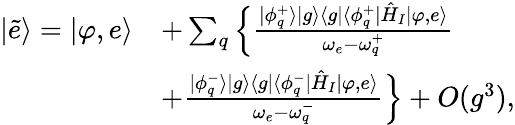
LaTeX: \begin{array}{rl}{|\tilde{e}\rangle=|\varphi,e\rangle}&{+\sum_{q}\Big\{ \frac{|\phi_{q}^{+}\rangle|g\rangle\langle g|\langle\phi_{q}^{+}|\hat{H}_{I}|\varphi,e\rangle}{\omega_{e}-\omega_{q}^{+}}}\\ &{+\frac{|\phi_{q}^{-}\rangle|g\rangle\langle g|\langle\phi_{q}^{-}|\hat{H}_{I}|\varphi,e\rangle}{\omega_{e}-\omega_{q}^{-}}\Big\} +O(g^{3}),}\end{array}